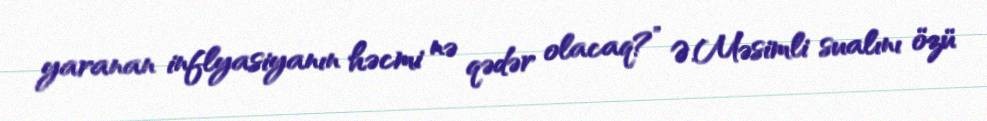
yaranan inflyasiyanın həcmi nə qədər olacaq?” Ə.Məsimli sualını özü